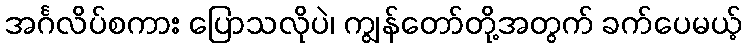
အင်္ဂလိပ်စကား ပြောသလိုပဲ၊ ကျွန်တော်တို့အတွက် ခက်ပေမယ့်